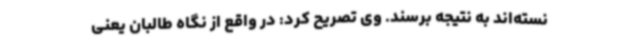
نسته‌اند به نتیجه برسند. وی تصریح کرد: در واقع از نگاه طالبان یعنی